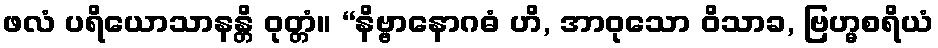
ဖလံ ပရိယောသာနန္တိ ဝုတ္တံ။ “နိဗ္ဗာနောဂဓံ ဟိ, အာဝုသော ဝိသာခ, ဗြဟ္မစရိယံ